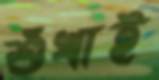
শুঁখাই